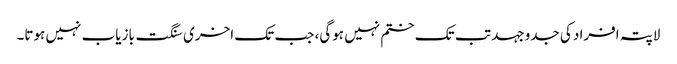
لاپتہ افراد کی جدوجہد تب تک ختم نہیں ہوگی، جب تک اخری سنگت بازیاب نہیں ہوتا۔